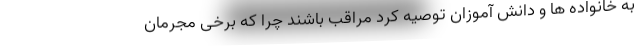
به خانواده ها و دانش آموزان توصیه کرد مراقب باشند چرا که برخی مجرمان